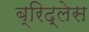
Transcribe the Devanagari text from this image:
ब्रिद्लेस